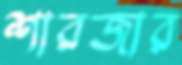
শারজার